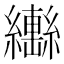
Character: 𱺍